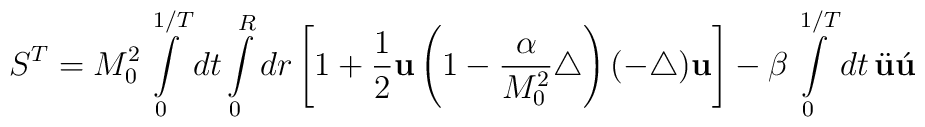
S^T=M_0^2\int\limits_0^{1/T}dt\int\limits_0^R dr\left[1+\frac{1}{2}{\bf u}\left(1-\frac{\alpha}{M_0^2}\triangle\right)(-\triangle){\bf u}\right]-\beta\int\limits_0^{1/T}dt\,\ddot{\bf u} \acute{\bf u}